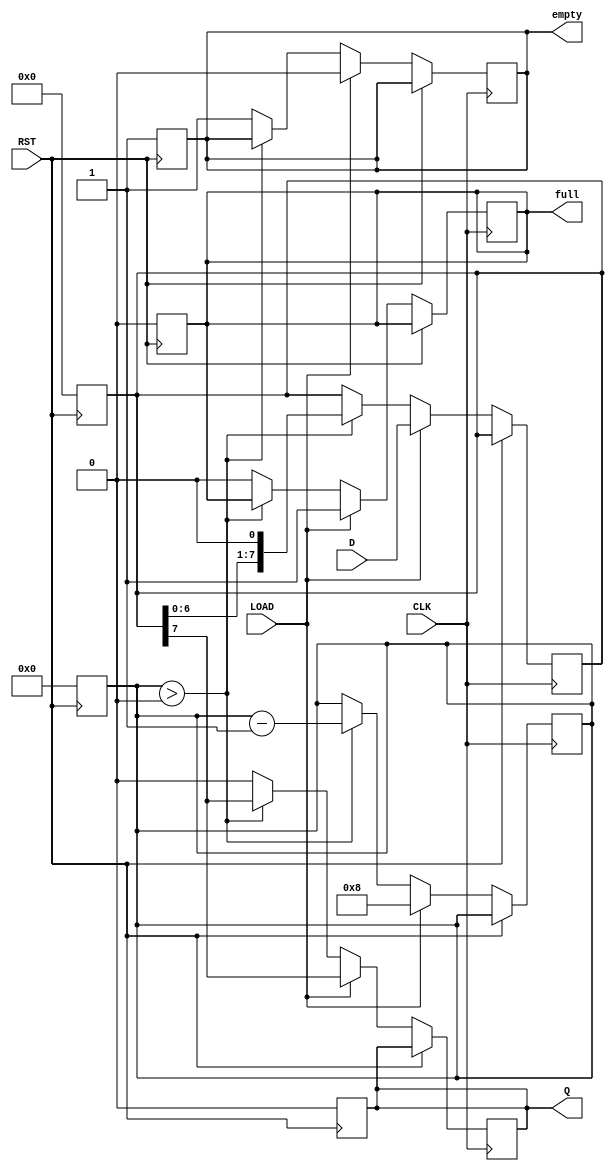
module PISO_Register #(
    parameter N = 8  // Width of the parallel input data
)(
    input wire [N-1:0] D,     // Parallel Data Input
    input wire LOAD,           // Load/Shift Control Signal
    input wire CLK,            // Clock Input
    input wire RST,            // Asynchronous Reset
    output reg Q,              // Serial Output
    output reg empty,          // Empty Flag
    output reg full            // Full Flag
);

    reg [N-1:0] shift_reg;     // Shift register to hold the data
    reg [3:0] count;           // Counter for tracking number of bits shifted out

    // Asynchronous Reset
    always @(posedge RST) begin
        shift_reg <= {N{1'b0}}; // Clear the shift register
        Q <= 1'b0;              // Clear the serial output
        empty <= 1'b1;         // Set empty flag
        full <= 1'b0;          // Clear full flag
        count <= 0;            // Reset count
    end

    // Main operation
    always @(posedge CLK) begin
        if (RST) begin
            // Reset condition handled above
        end else if (LOAD) begin
            // Load operation: Load parallel data into the shift register
            shift_reg <= D;      // Load data into the shift register
            Q <= shift_reg[N-1]; // Output the MSB
            empty <= 1'b0;       // Clear empty flag
            full <= 1'b1;        // Set full flag
            count <= N;          // Set count to the width of the data
        end else begin
            // Shift operation: Shift data out serially
            if (count > 0) begin
                Q <= shift_reg[N-1]; // Output the MSB
                shift_reg <= {shift_reg[N-2:0], 1'b0}; // Shift left
                count <= count - 1; // Decrement count
            end else begin
                Q <= 1'b0; // No data to shift out
                empty <= 1'b1; // Set empty flag
                full <= 1'b0; // Clear full flag
            end
        end
    end

endmodule